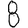
Digit: 8